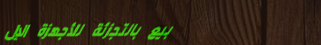
بيع بالتجزئة للأجهزة الإل